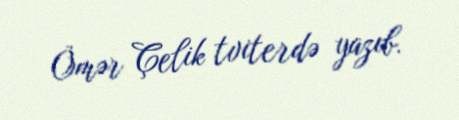
Ömər Çelik tviterdə yazıb.